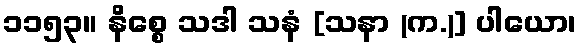
၁၁၅၃။ နိစ္စေ သဒါ သနံ [သနာ (က.)] ပါယော၊